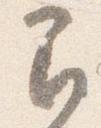
間